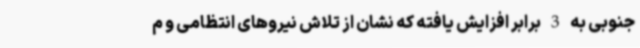
جنوبی به 3 برابر افزایش یافته که نشان از تلاش نیروهای انتظامی و م